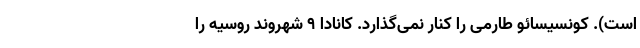
است). کونسیسائو طارمی را کنار نمی‌گذارد. کانادا ۹ شهروند روسیه را